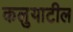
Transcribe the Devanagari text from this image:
कलुयाटील